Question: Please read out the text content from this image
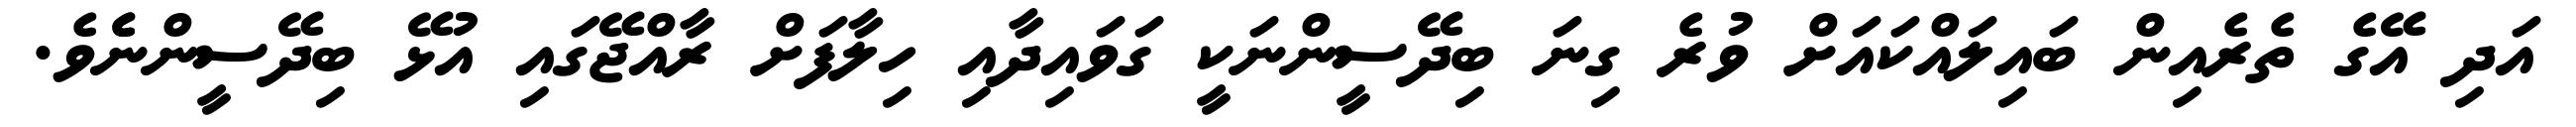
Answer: އަދި އޭގެ ތެރެއިން ބައިލައްކައަށް ވުރެ ގިނަ ބިދޭސީންނަކީ ގަވައިދާއި ހިލާފަށް ރާއްޖޭގައި އުޅޭ ބިދޭސީންނެެވެ.